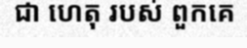
ជា ហេតុ របស់ ពួកគេ